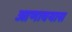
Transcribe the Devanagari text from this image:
आणावयास